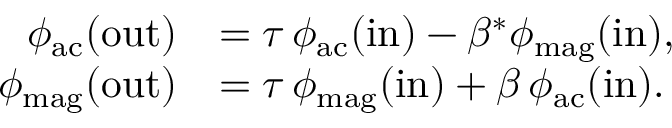
\begin{array} { r l } { \phi _ { \mathrm { a c } } ( \mathrm { o u t } ) } & { = \tau \, \phi _ { \mathrm { a c } } ( \mathrm { i n } ) - \beta ^ { * } \phi _ { \mathrm { m a g } } ( \mathrm { i n } ) , } \\ { \phi _ { \mathrm { m a g } } ( \mathrm { o u t } ) } & { = \tau \, \phi _ { \mathrm { m a g } } ( \mathrm { i n } ) + \beta \, \phi _ { \mathrm { a c } } ( \mathrm { i n } ) . } \end{array}